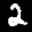
Label: 2